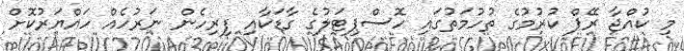
މި ކުއްޖާ ރޭޕް ކުރުމުގެ ތުހުމަތުގައި ހޮސްޕިޓަލުގެ ގާޑަކާއި ފިރިހެން ނަރުހެއް ހައްޔަރުކޮށް